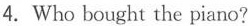
4.Who bought the piano?